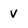
Character: V